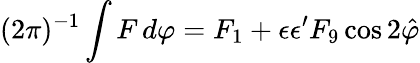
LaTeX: (2\pi)^{-1}\int F\, d\varphi=F_{1}+\epsilon\epsilon^{\prime}F_{9}\cos 2\hat{\varphi}